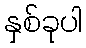
နှစ်ခုပါ